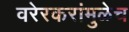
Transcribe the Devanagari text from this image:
वरेरकरांमुळेच